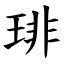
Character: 琲